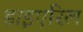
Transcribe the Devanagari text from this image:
डाइएरिल